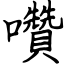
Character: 囋